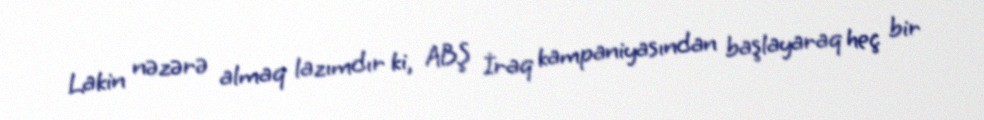
Lakin nəzərə almaq lazımdır ki, ABŞ İraq kampaniyasından başlayaraq heç bir